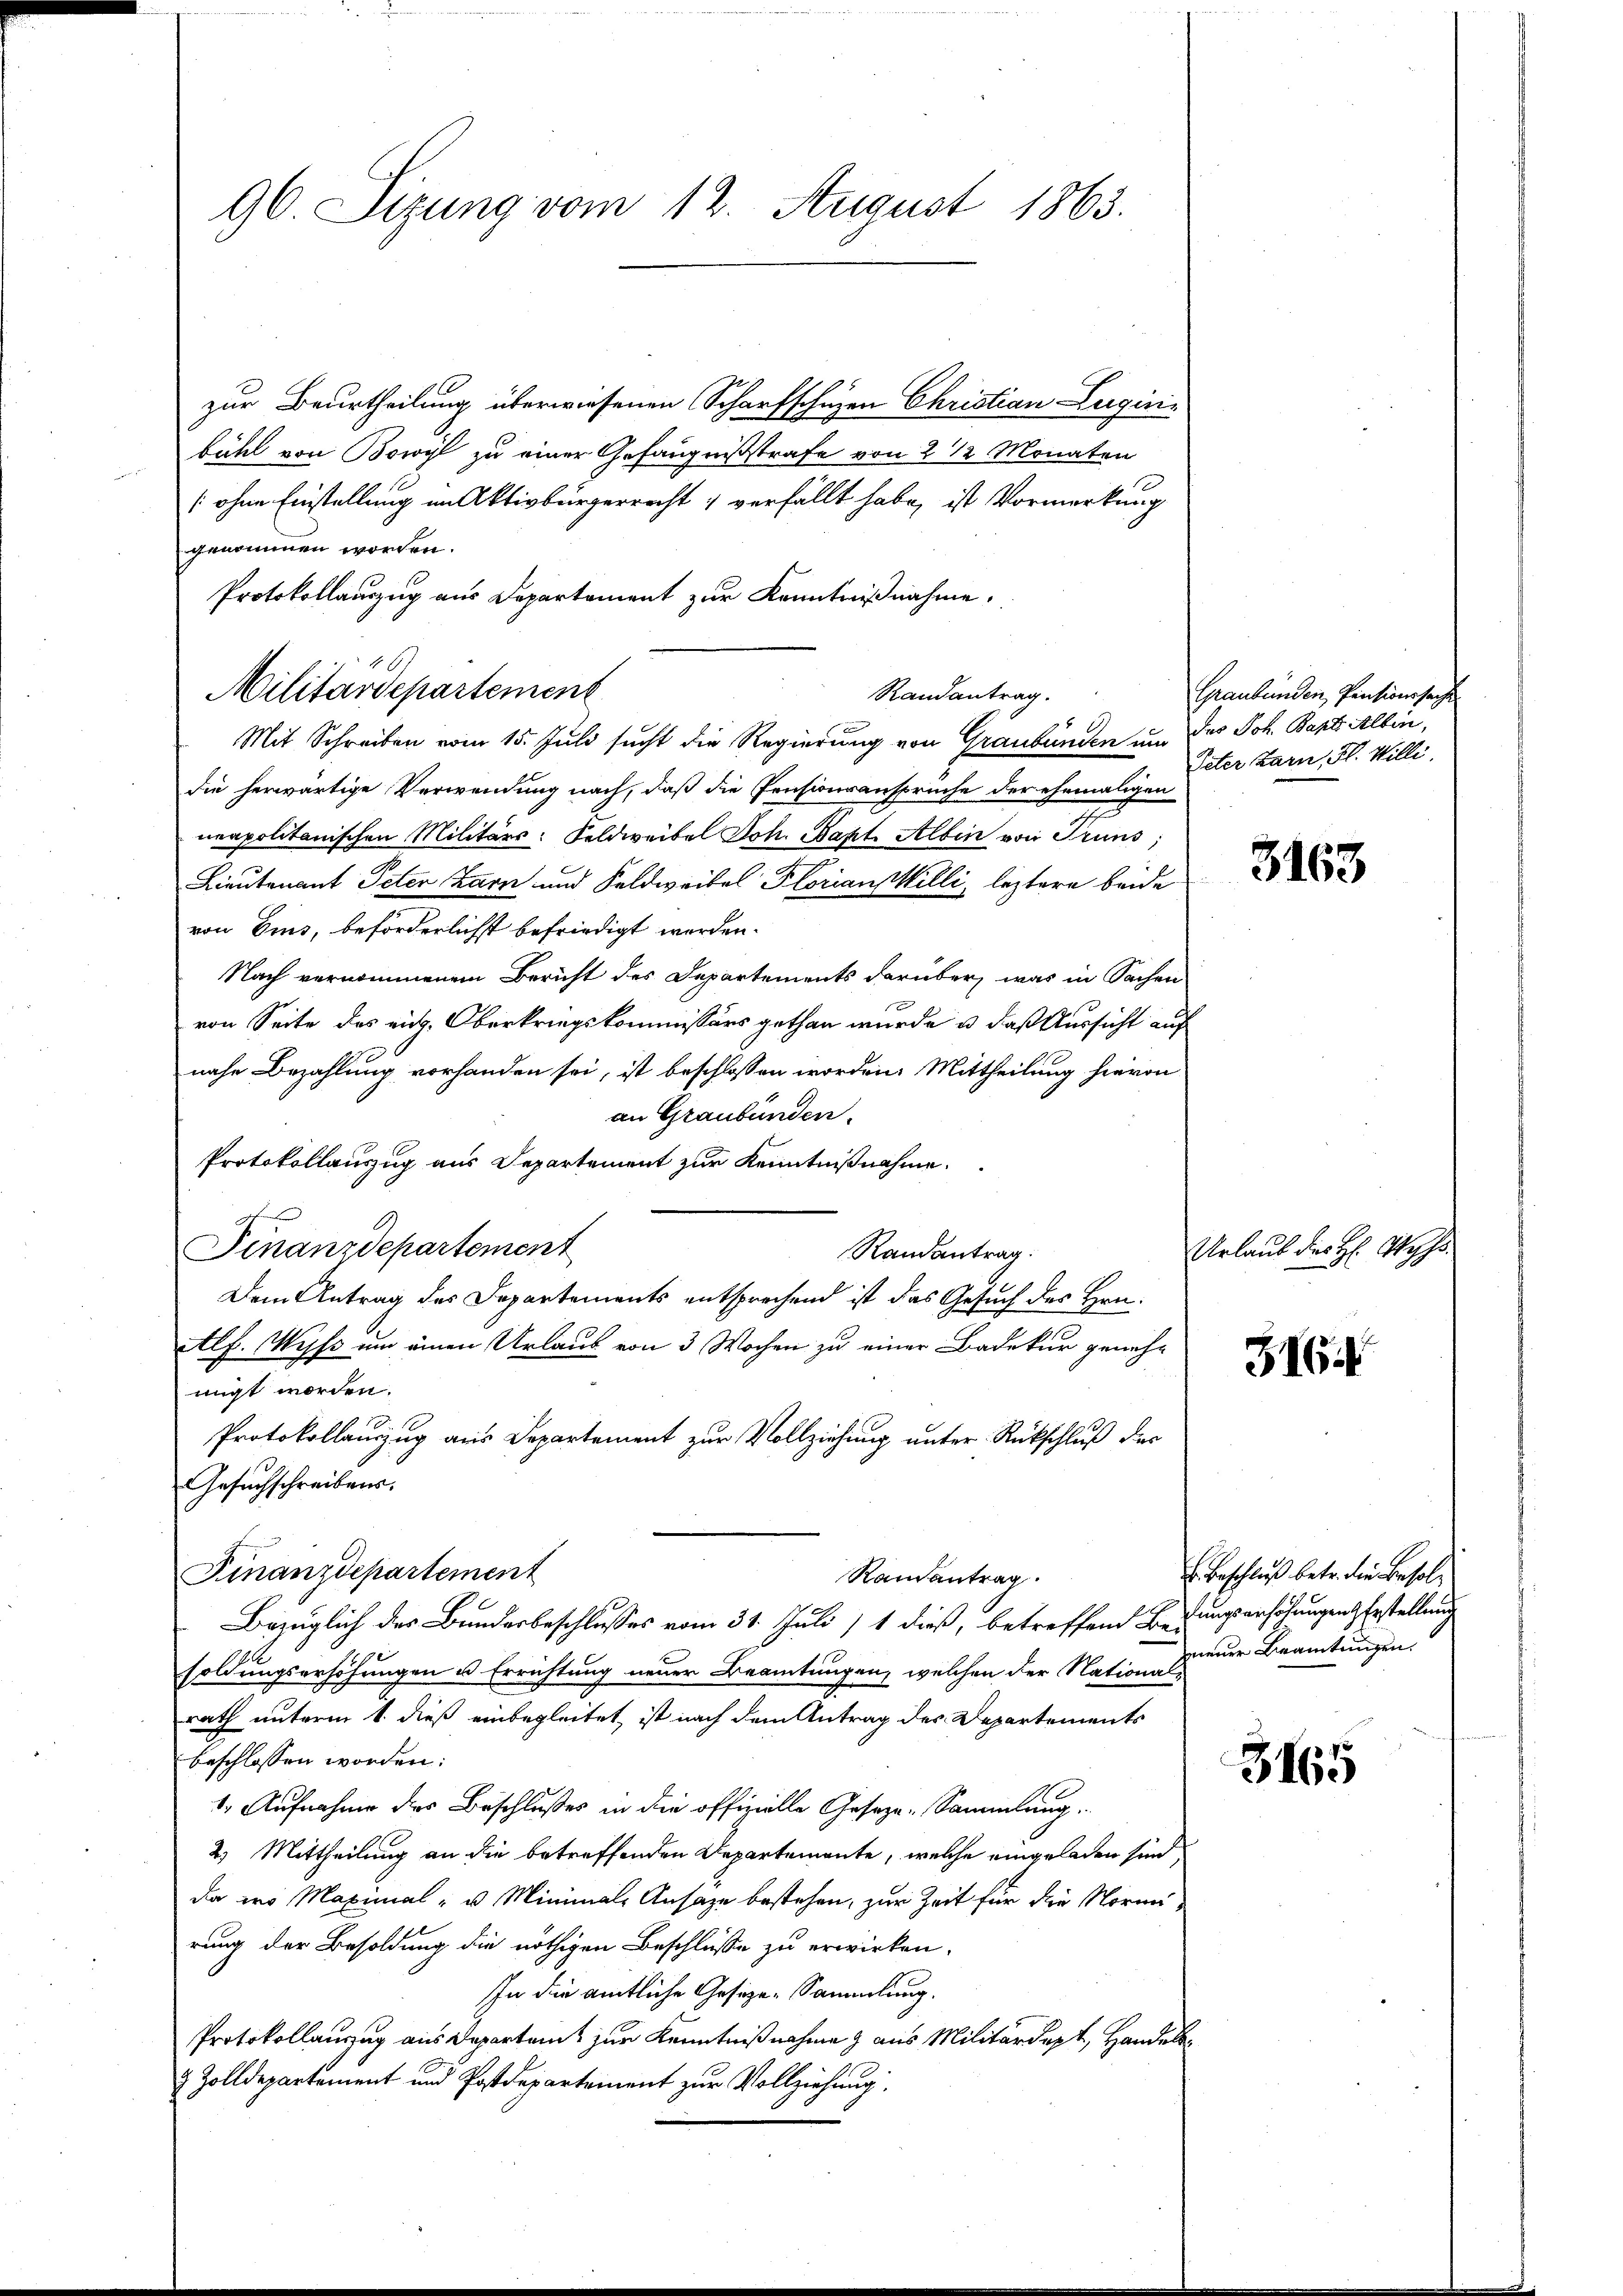
96 Sizung vom 12. August 1863.

zur Beurtheilung überwiesenen Scharfschuzen Christian Luginie
bühl von Bowyl zu einer Gefängnißstrafe von 2 1/2 Monaten
[ohne Einstellung im Aktivbürgerrecht 7 verfällt habe, ist Vormerkung
genommen worden.
Protokollauszug aus Departement zur Kenntnißnahme.
Randantrag.
Mit Schreiben vom 15. Juli sucht die Regierung von Graubünden um des Joh. Bart Albin,
die herwärtige Verwendung nach, daß die Pensionsansprüche der ehemaligen
neapolitanischen Militärs: Feldweibel Joh. Bakt. Albin von Truns,
Lieutenant Peter Zarn und Feldweitel Florian Milli, leztere beide
von Eins, beförderlichst befriedigt werden.
Nach vernommenem Bericht des Departements darüber, was in Sachen
von Seite des eidg. Oberkriegskommissärs gethan wurde u. daß Aussicht auf
nahe Bezahlung vorhanden sei, ist beschlossen worden. Mittheilung hievon
an Graubünden.
Protokollauszug aus Departement zur Kenntnißnahme.
A
Finanzdepartement
Randantrag.
Dem Antrag des Departements entsprechend ist das Gesuch des Hrn.
Alf. Wyss um einen Urlaub von 3 Wochen zu einer Badekur geneh-
migt worden.
Protokollauszug aus Departement zur Vollziehung unter Rückschluß der
Gesuchschreibens.
Finanzdepartement
Randantrag.
Bezüglich der Bundesbeschlusses vom 31. Juli 1 dieß, betreffend Begungserhöhungen Erstellung
soldungserhöhungen u Errichtung neuer Beamtungen, welchen der Nationali
rath unterm 1. dieß einbegleitet, ist nach dem Antrag des Departements
beschlossen worden:
1. Aufnahme des Beschlußes in die offizielle Geseze-Sammlung.
2) Mittheilung an die betreffenden Departemente, welche eingeladen sind,
da wo Maximal- u Minimale Ansage bestehen, zur Zeit für die Normirung der Besoldung die nöthigen Beschlüsse zu erwirken.
In die amtliche Gesize-Sammlung.
Protokollauszug aus Departamt zur Kenntnißnahme & aus Militärdept, Handels¬
& Zolldepartement und Postdepartement zur Vollziehung

Militärdepartement

Graubünden, Pensionssache
Peter Zarn, Fl. Willi

3163

Urlaub des H. Wechs

3163

E. Beschluß betr. die Besolneuer Beamtungen.

3165